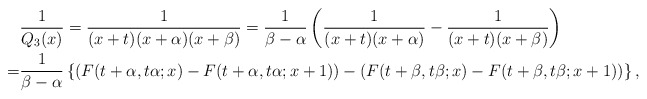
\begin{align*}&\frac{1}{Q_3(x)}=\frac{1}{(x+t)(x+\alpha)(x+\beta)}=\frac{1}{\beta-\alpha}\left(\frac{1}{(x+t)(x+\alpha)}-\frac{1}{(x+t)(x+\beta)}\right)\\=&\frac{1}{\beta-\alpha}\left\{(F(t+\alpha,t\alpha;x)-F(t+\alpha,t \alpha;x+1))-(F(t+\beta,t \beta;x)-F(t+\beta,t \beta;x+1))\right\},\end{align*}